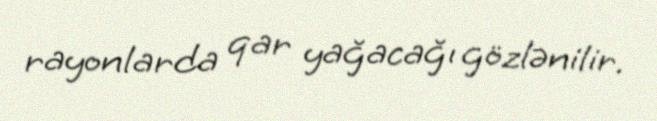
rayonlarda qar yağacağı gözlənilir.